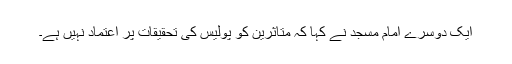
ایک دوسرے امام مسجد نے کہا کہ متاثرین کو پولیس کی تحقیقات پر اعتماد نہیں ہے۔